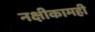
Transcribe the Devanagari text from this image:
नक्षीकामही